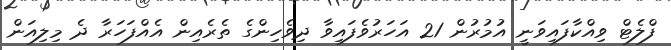
ފްލެޓް ވިއްކާފައިވަނީ އުމުރުން 21 އަހަރުވެފައިވާ ދިވެހިންގެ ތެރެއިން އެއްފަހަރާ ދެ މިލިއަން